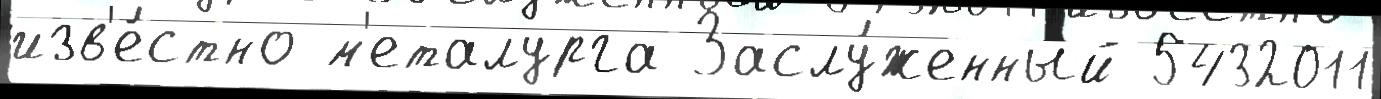
изв'е́стно м'еталурга Заслу́женный 5432011